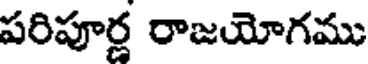
పరిపూర్ణ రాజయోగము